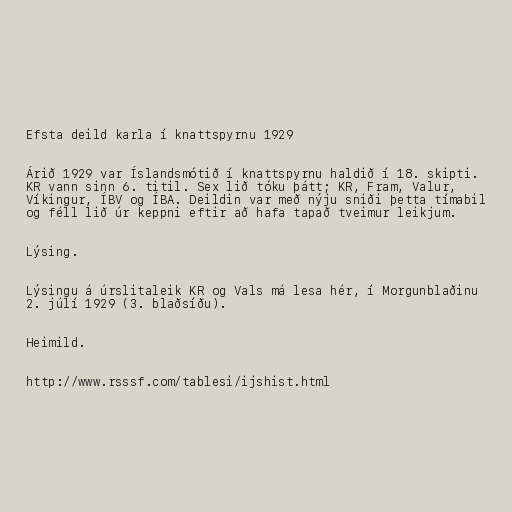
Efsta deild karla í knattspyrnu 1929

Árið 1929 var Íslandsmótið í knattspyrnu haldið í 18. skipti.
KR vann sinn 6. titil. Sex lið tóku þátt; KR, Fram, Valur,
Víkingur, ÍBV og ÍBA. Deildin var með nýju sniði þetta tímabil
og féll lið úr keppni eftir að hafa tapað tveimur leikjum.

Lýsing.

Lýsingu á úrslitaleik KR og Vals má lesa hér, í Morgunblaðinu
2. júlí 1929 (3. blaðsíðu).

Heimild.

http://www.rsssf.com/tablesi/ijshist.html